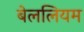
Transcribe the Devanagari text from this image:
बेललियम